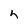
Character: h